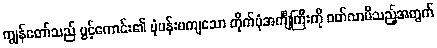
ကျွန်တော်သည် ပွင့်ကောင်း၏ ပုံပန်းမကျသော တိုက်ပုံအင်္ကျီကြီးကို ဝတ်လာမိသည့်အတွက်